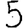
Digit: 5